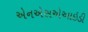
એનએસએઆઇડી